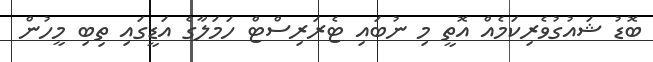
ބޮޑު ޝައުގުވެރިކަމެއް އޮތީ މި ނުބައި ޓެރަރިސްޓް ހަމަލާގެ އަޑީގައި ތިބި މީހުން